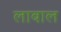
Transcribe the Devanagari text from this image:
लाबाल